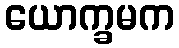
ယောက္ခမက